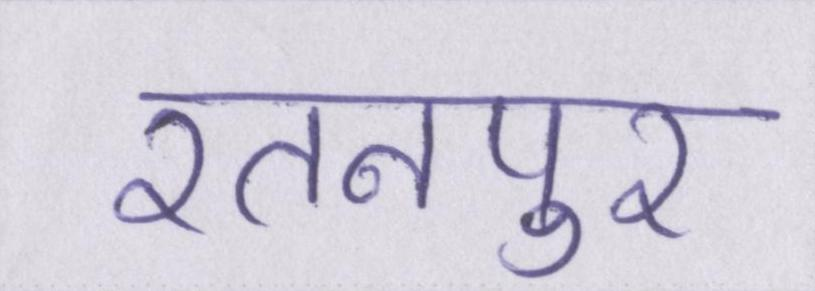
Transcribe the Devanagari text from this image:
रतनपुर